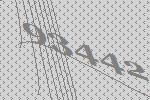
93442